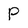
Character: P